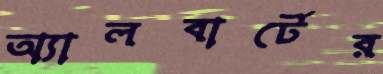
অ্যালবার্টের